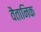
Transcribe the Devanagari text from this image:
वैतानिक